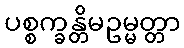
ပစ္စက္ခန္တိမဥမ္မတ္တာ